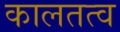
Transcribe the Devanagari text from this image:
कालतत्व